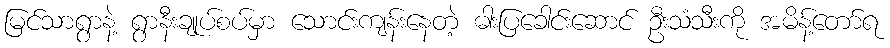
မြင်သာရွာနဲ့ ရွာနီးချုပ်စပ်မှာ သောင်းကျန်းနေတဲ့ ဓါးပြခေါင်းဆောင် ဦးသံသီးကို အမိန့်တော်ရ